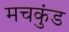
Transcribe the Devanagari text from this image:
मचकुंड